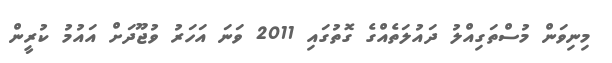
މިނިވަން މުސްތަގިއްލު ދައުލަތެއްގެ ގޮތުގައި 2011 ވަނަ އަހަރު ވުޖޫދަށް އައުމު ކުރީން